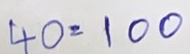
40 = 100